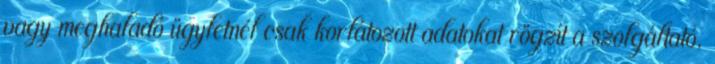
vagy meghaladó ügyletnél csak korlátozott adatokat rögzít a szolgáltató,